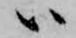
ハ